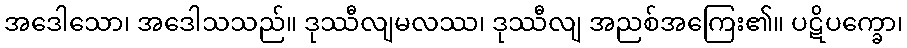
အဒေါသော၊ အဒေါသသည်။ ဒုဿီလျမလဿ၊ ဒုဿီလျ အညစ်အကြေး၏။ ပဋိပက္ခော၊